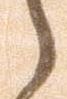
之